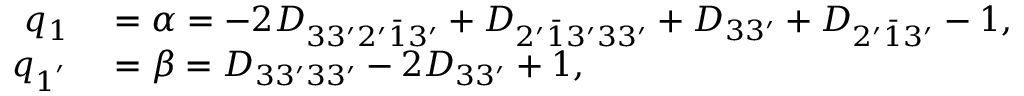
\begin{array} { r l } { q _ { 1 } } & { { } = \alpha = - 2 { D _ { 3 3 ^ { \prime } 2 ^ { \prime } \bar { 1 } 3 ^ { \prime } } } + { D _ { 2 ^ { \prime } \bar { 1 } 3 ^ { \prime } 3 3 ^ { \prime } } } + { D _ { 3 3 ^ { \prime } } } + { D _ { 2 ^ { \prime } \bar { 1 } 3 ^ { \prime } } } - 1 , } \\ { q _ { 1 ^ { ' } } } & { { } = \beta = { D _ { 3 3 ^ { \prime } 3 3 ^ { \prime } } } - 2 { D _ { 3 3 ^ { \prime } } } + 1 , } \end{array}